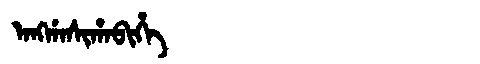
Manchu: ᠠᠩᡤᠠᠰᡳᡥᠠᠪᡳᡥᡝ
Romanization: ANGGASIHABIHE